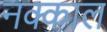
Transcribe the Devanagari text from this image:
नक्काल